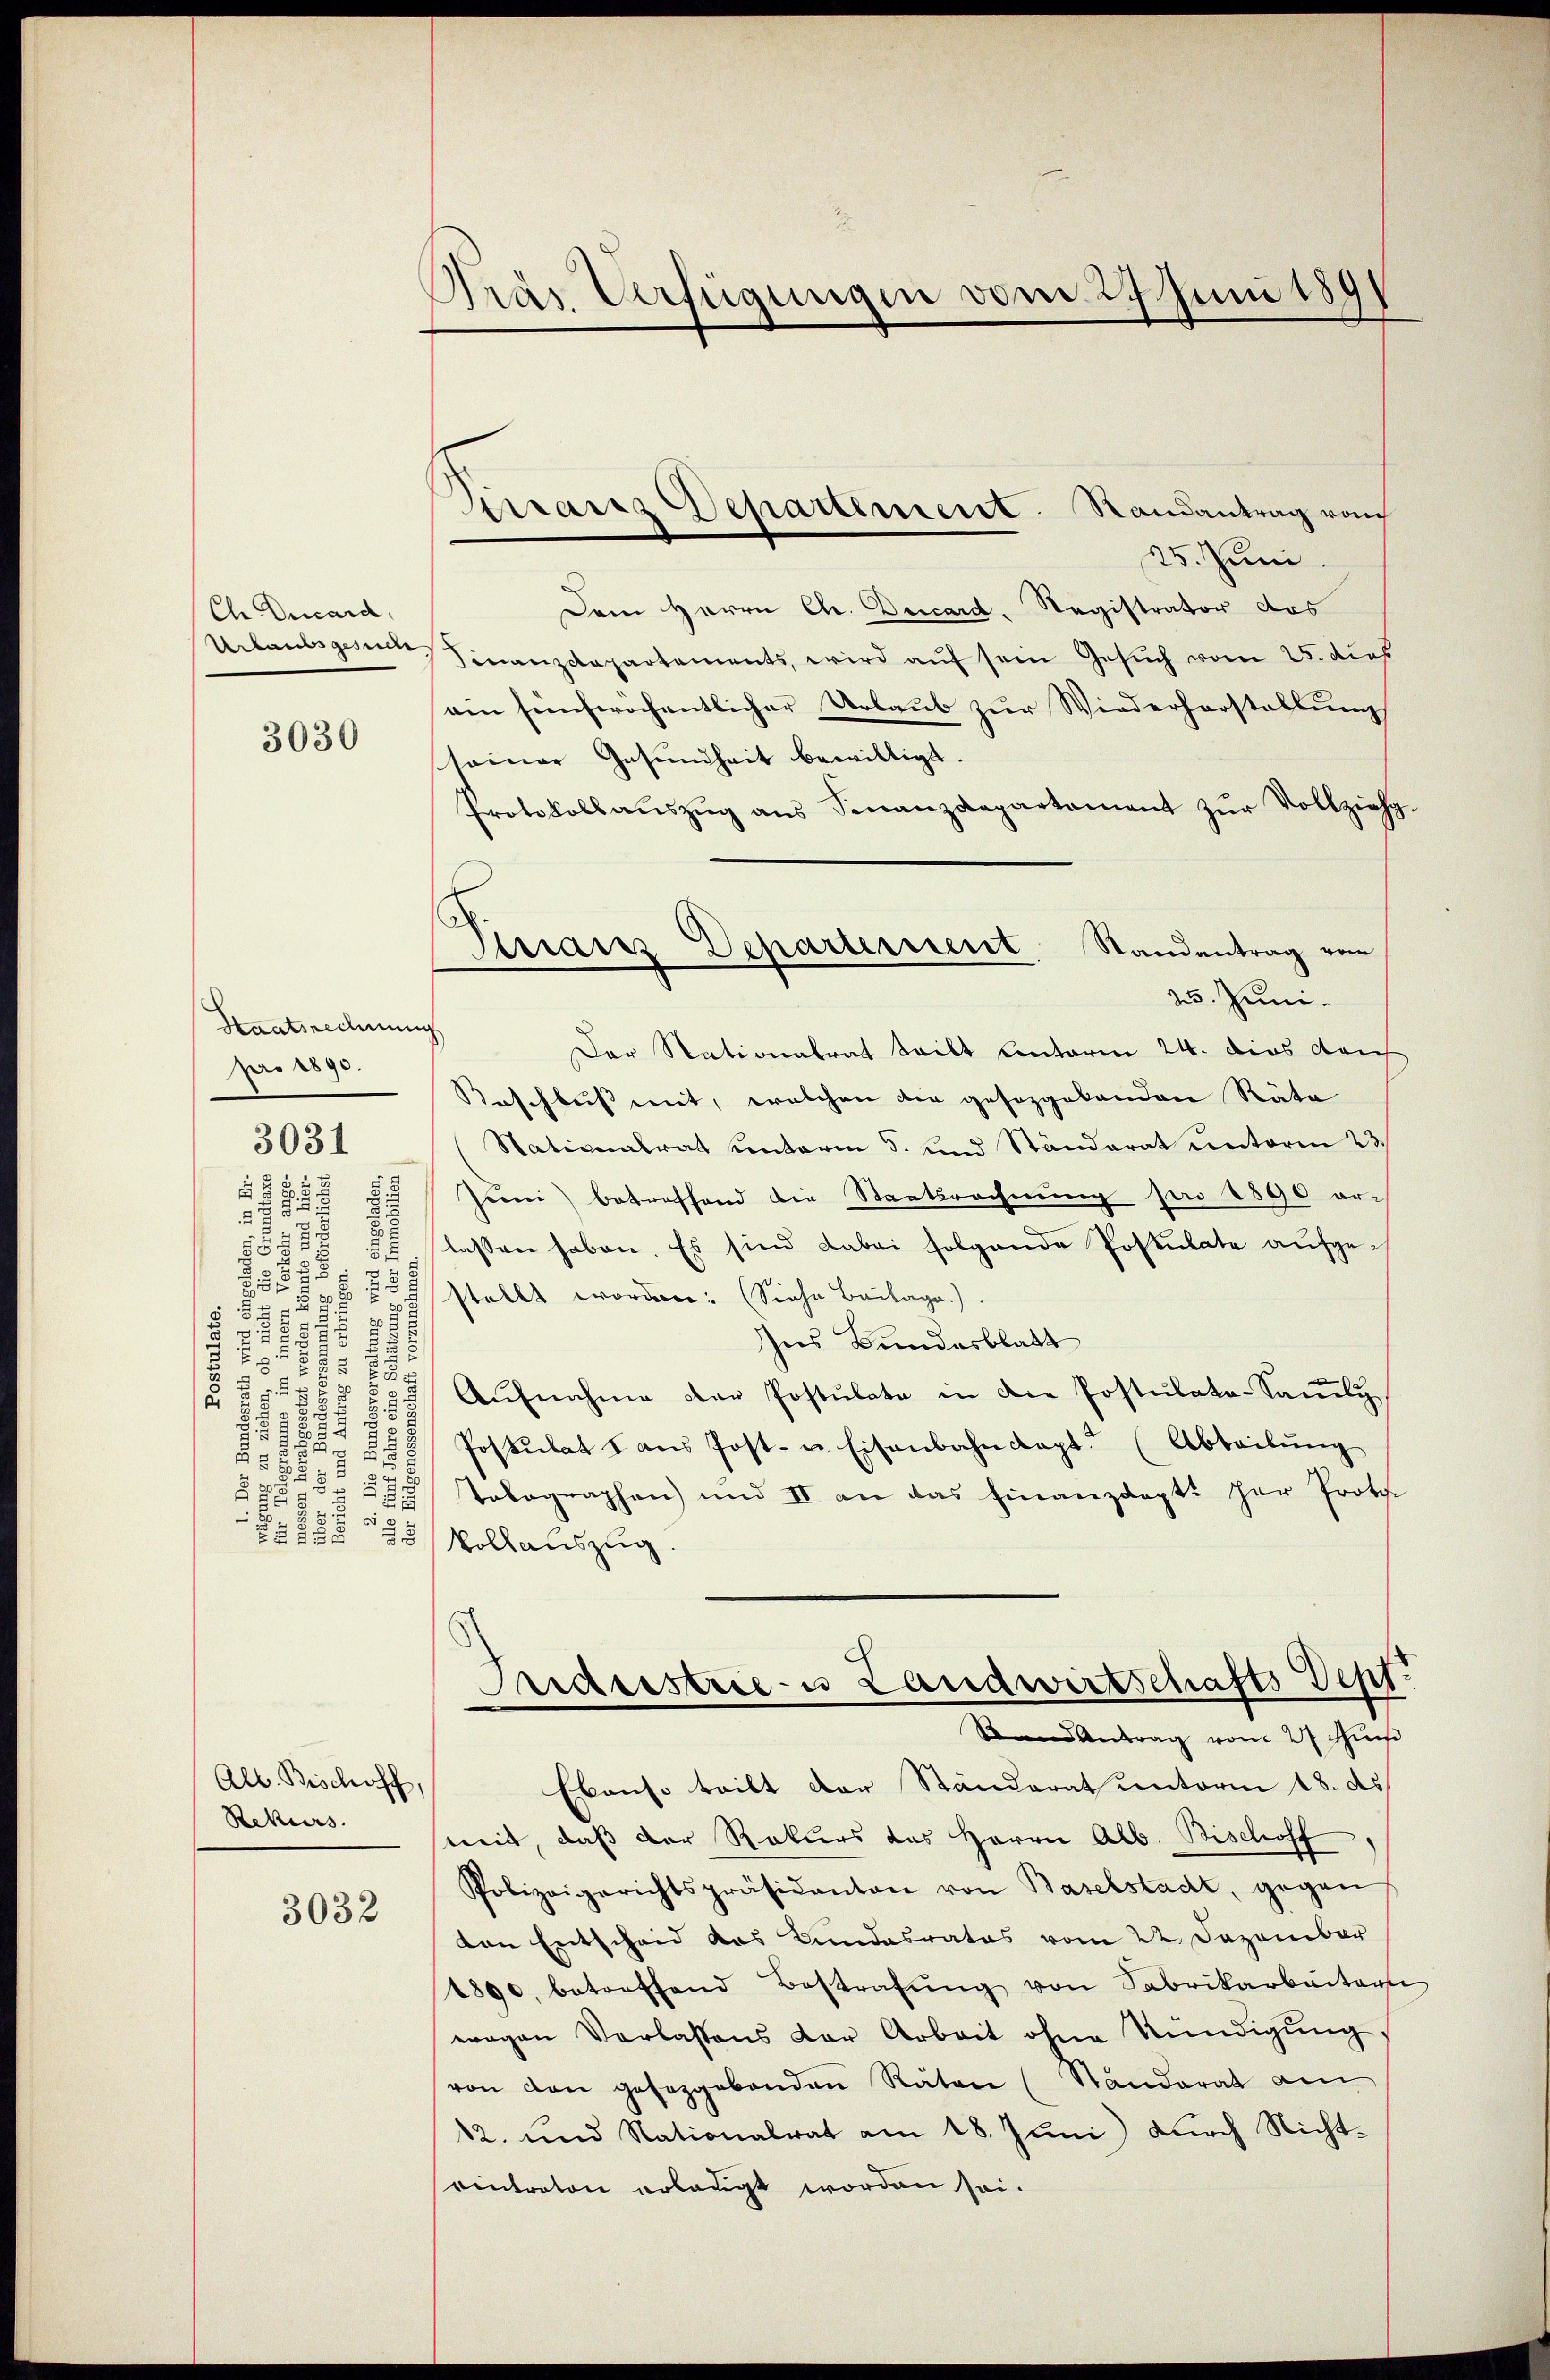
Ch Decard,

12
5
u
55

3030

Staatsrechnung
pro 1890.

.
122
58
.
r
8
17
2
s
.

3031

55

Alb. Bischoff,
Rekurs.

3032

25. Juni
Dem Herrn Chr. Ducard, Registrator des
Urlaubsgem Finanzdepartements, wird auf sein Gesuch vom 25. dies
ein fünferöchentlicher Urlaub zur Wiederhorstellung
seiner Gesundheit bewilligt.
Protokollaŭszŭg ans Finanzdepartement zŭr Vollzieh
Der Stationalrat teilt unterm 24. dies dau
Beschluss mit, welchen der gesezgebenden Räte
(Nationalrat Conterm 5. und Ständerat unterm 23.
2
Juni betreffend die Staatsrechnung pro 1890 orlassen haben. Es sind dabei folgende Postulate aufge¬
34
7
stellt worden: (Siehe Beilage)
Ins Bundesblatt
1
 x
2
Aŭfnahme der Postulate in die Postulate-Saṁly.
Postulat dans Post- u. Eisenbahnkapt. (Abteilŭng
2
5
Tolographen) und II an das Finanzdept. der Proto
2
 50 x
1855 20 Vollauszug.
Industrie- u Landwirtschafts Dept.
Stand Antrag vom 27. Juni
Ebenso teilt der Ständerat unterm 18. ds.
weit, daß der Rekurs das Herrn Alb. Bischoff
Polizeigerichtspräsidanton von Baselstadt, gegen
von Entscheid das Bundesrates vom 22. Dezember
1890, betreffend Bestrafŭng von Sabrikarbeiten
wegen Verlassens der Arbeit ohne Kündigung,
von den geseggebenden Räten (Standerat am
12. und Nationalrat am 18. Juni durch Nichteintraton erlangt worden sei.

Pras Verfügungen vom 29 Juni 1891

Arranz Separtement. Randantrag vo

Sinair Departerrent Randantrag vom
25. Juni.